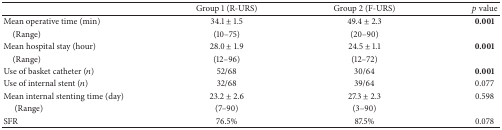
<table><thead><tr><td><b> </b></td><td><b> Group 1 (R-URS) </b></td><td><b>Group 2 (F-URS) </b></td><td><b><i>p</i> value</b></td></tr></thead><tbody><tr><td>Mean operative time (min)</td><td>34.1 ± 1.5</td><td>49.4 ± 2.3</td><td><b>0.001</b></td></tr><tr><td> (Range)</td><td>(10–75)</td><td>(20–90)</td><td> </td></tr><tr><td>Mean hospital stay (hour)</td><td>28.0 ± 1.9</td><td>24.5 ± 1.1</td><td><b>0.001</b></td></tr><tr><td> (Range)</td><td>(12–96)</td><td>(12–72)</td><td> </td></tr><tr><td>Use of basket catheter (<i>n</i>)</td><td>52/68</td><td>30/64</td><td><b>0.001</b></td></tr><tr><td>Use of internal stent (<i>n</i>)</td><td>32/68</td><td>39/64</td><td>0.077</td></tr><tr><td>Mean internal stenting time (day)</td><td>23.2 ± 2.6</td><td>27.3 ± 2.3</td><td>0.598</td></tr><tr><td>(Range)</td><td>(7–90)</td><td>(3–90)</td><td> </td></tr><tr><td>SFR</td><td>76.5%</td><td>87.5%</td><td>0.078</td></tr></tbody></table>